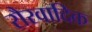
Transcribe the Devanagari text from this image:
रौरवादिक